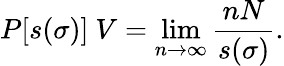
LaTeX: P[s(\sigma)]~{V}=\operatorname*{lim}_{n\to\infty}\frac{nN}{s(\sigma)}.